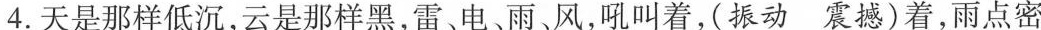
4.天是那样低沉，云是那样黑，雷、电、雨、风，吼叫着，(振动 震撼)着，雨点密